Vaccination in Bombay 1863-1868 - 1863-1868
Year: 1863
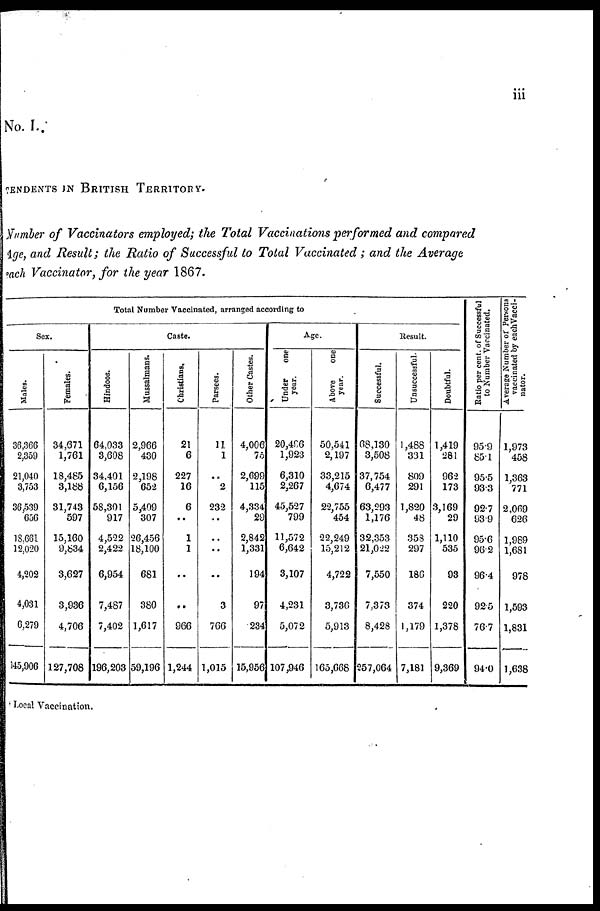
iii
No. I.
TENDENTS IN BRITISH TERRITORY.
Number of Vaccinators employed; the Total Vaccinations performed and compared
Age, and Result; the Ratio of Successful to Total Vaccinated ; and the Average
each Vaccinator, for the year 1867.
Total Number Vaccinated, arranged according to
Sex.
Males.
36,366
2,359
21,040
3,753
36,539
656
18,661
12,020
4,202
4,031
6,279
145,906
Females.
34,671
1,761
18,485
3,188
31,743
597
15,160
9,834
3,627
3,936
4,706
127,708
Caste.
Hindoos.
64,033
3,608
34,401
6,156
58,301
917
4,522
2,422
6,954
7,487
7,402
196,203
Mussalmans.
2,966
430
2,198
652
5,409
307
26,456
18,100
681
380
1,617
59,196
Christians.
21
6
227
16
6
..
1
1
..
..
966
1,244
Parsees.
11
1
..
2
232
..
..
..
..
3
766
1,015
Other Castes.
4,006
75
2,699
115
4,334
29
2,842
1,331
194
97
234
15,956
Age.
Under
one
year.
20,496
1,923
6,310
2,267
45,527
799
11,572
6,642
3,107
4,231
5,072
107,946
Above
one
year.
50,541
2,197
33,215
4,674
22,755
454
22,249
15,212
4,722
3,736
5,913
165,668
Result.
Successful.
68,130
3,508
37,754
6,477
63,293
1,176
32,353
21,022
7,550
7,373
8,428
257,064
Unsuccessful.
1,488
331
809
291
1,820
48
353
297
186
374
1,179
7,181
Doubtful.
1,419
281
962
173
3,169
29
1,110
535
93
220
1,378
9,369
Ratio per cent. of Successful
to Number Vaccinated.
95.9
85.1
95.5
93.3
92.7
93.9
95.6
96.2
96.4
92.5
76.7
94.0
Average Number of Persons
vaccinated by each Vacci-
nator.
1,973
458
1,363
771
2,069
626
1,989
1,681
978
1,593
1,831
1,638
Local Vaccination.